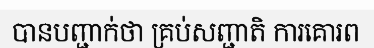
បានបញ្ជាក់ថា គ្រប់សញ្ជាតិ ការគោរព